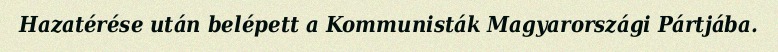
Hazatérése után belépett a Kommunisták Magyarországi Pártjába.